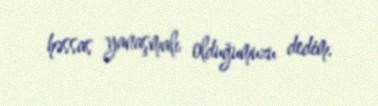
həssas yanaşmalı olduğumuzu dedim.